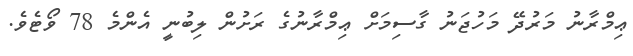
ޢިމްރާނު މަރުދޭ މަހުޖަނު ގާސިމަށް ޢިމްރާނުގެ ރަށުން ލިބުނީ އެންމެ 78 ވޯޓެވެ.